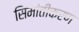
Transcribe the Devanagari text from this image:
सिमांतीकरण